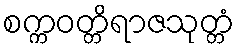
စက္ကဝတ္တိရာဇသုတ္တံ